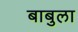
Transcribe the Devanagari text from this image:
बाबुला